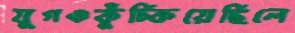
যুগওকুঁচ্‌কিয়েছিলে